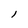
Character: l